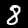
Digit: 8